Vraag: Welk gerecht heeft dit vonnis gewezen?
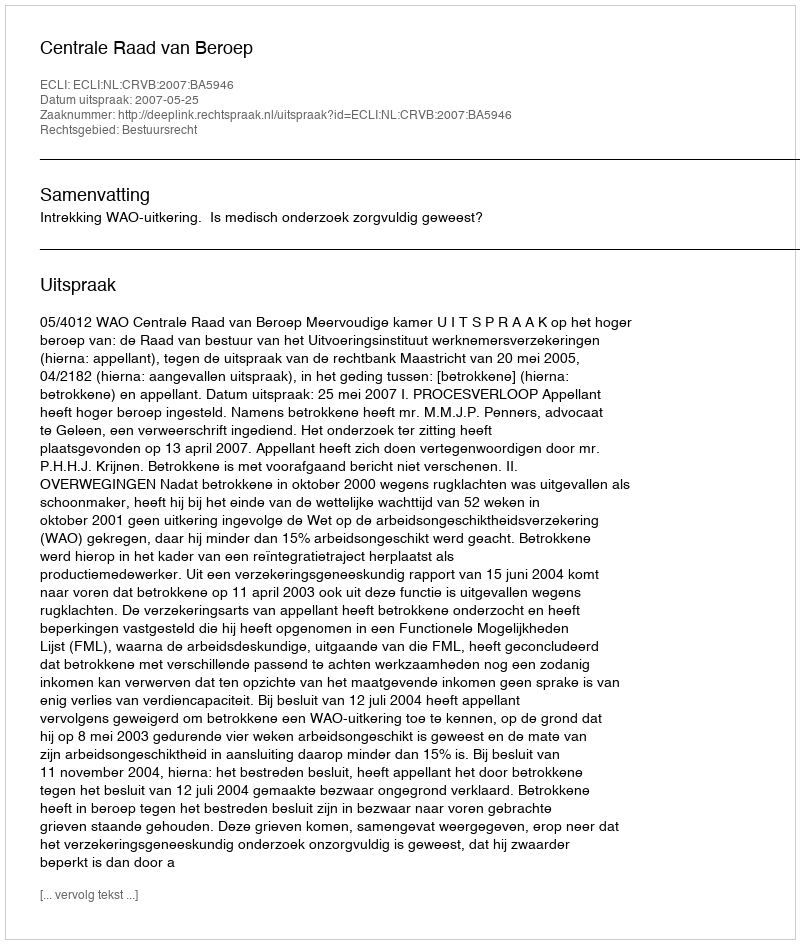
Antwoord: Centrale Raad van Beroep